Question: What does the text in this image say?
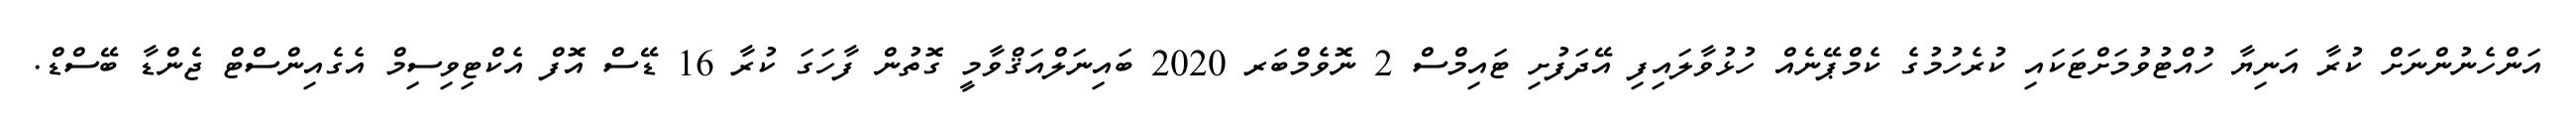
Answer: އަންހެނުންނަށް ކުރާ އަނިޔާ ހުއްޓުވުމަށްޓަކައި ކުރެހުމުގެ ކެމްޕޭނެއް ހުޅުވާލައިފި އޭދަފުށި ޓައިމްސް 2 ނޮވެމްބަރ 2020 ބައިނަލްއަޤްވާމީ ގޮތުން ފާހަގަ ކުރާ 16 ޑޭސް އޮފް އެކްޓިވިސިމް އެގެއިންސްޓް ޖެންޑާ ބޭސްޑް.